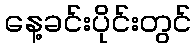
နေ့ခင်းပိုင်းတွင်